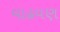
વાઢવણ